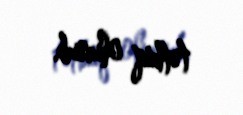
tətbiq olunub.